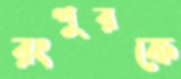
রংপুরকে